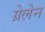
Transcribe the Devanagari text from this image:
ग्रेलेन